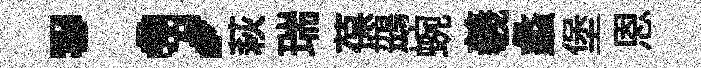
；萩瑞葆鷀蜿羲蠡堡恩